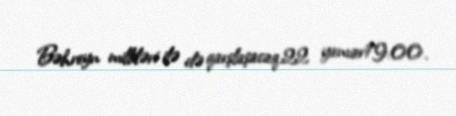
Bəhreyn milliləri ilə də qarşlaşacaq.22 yanvar19:00.